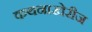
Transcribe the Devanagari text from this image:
कथनाखेरीज